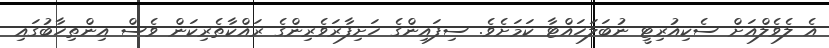
އެ ލެވެލްއަށް ސެކިއުރިޓީ ނުބަލަހައްޓާ ކަމަށެވެ. ސިފައިންގެ ހަށިފާރަވެރިންގެ ރައްކާތެރިކަން ވެސް އިންތިހާބުގައި